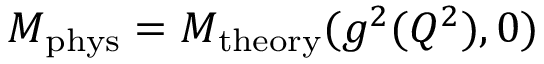
{ \cal M } _ { \mathrm { p h y s } } = { \cal M } _ { \mathrm { t h e o r y } } ( g ^ { 2 } ( Q ^ { 2 } ) , 0 )